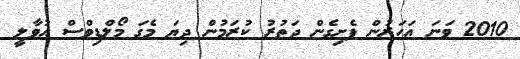
2010 ވަނަ އަހަރުން ފެށިގެން ދަތުރު ކުރަމުން ދިޔަ މެގަ މޯލްޑިވްސް އުވާލީ